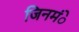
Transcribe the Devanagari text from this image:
जिनमंे